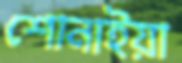
শোনাইয়া